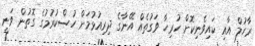
ރާހުލް އާއި ކައިވެނިކޮށް ހުރިހާ ވަގުތެއް އޭނާގެ ދިރިއުޅުމަށް ހުސްކުރުމުގެ ގޮތުން ވަނީ